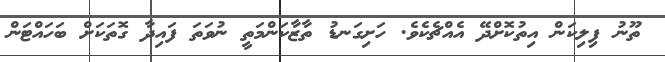
ތޫނު ފިލިކަން އިތުކޮށްދޭ އެއްޗެކެވެ. ހަށިގަނޑު ތާޒާކަންމަތީ ނުވަތަ ފައިދާ ގޮތަކަށް ބަހައްޓަން